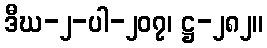
ဒီဃ-၂-ပါ-၂၀၇၊ ဋ္ဌ-၂၈၂။